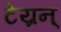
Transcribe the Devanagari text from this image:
टेय्रन्